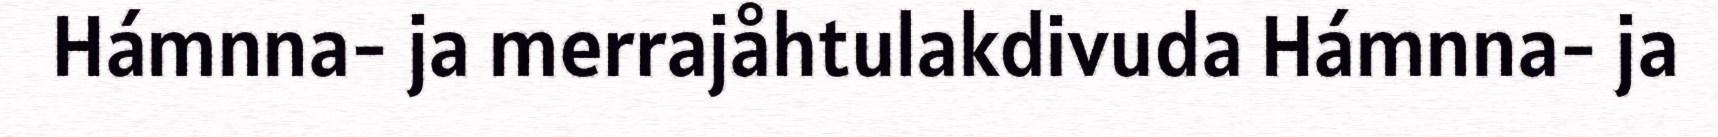
Hámnna- ja merrajåhtulakdivuda Hámnna- ja